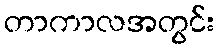
တာကာလအတွင်း